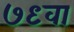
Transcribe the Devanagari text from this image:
७९वा